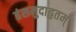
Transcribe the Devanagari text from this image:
हंसमुदाहृतम्